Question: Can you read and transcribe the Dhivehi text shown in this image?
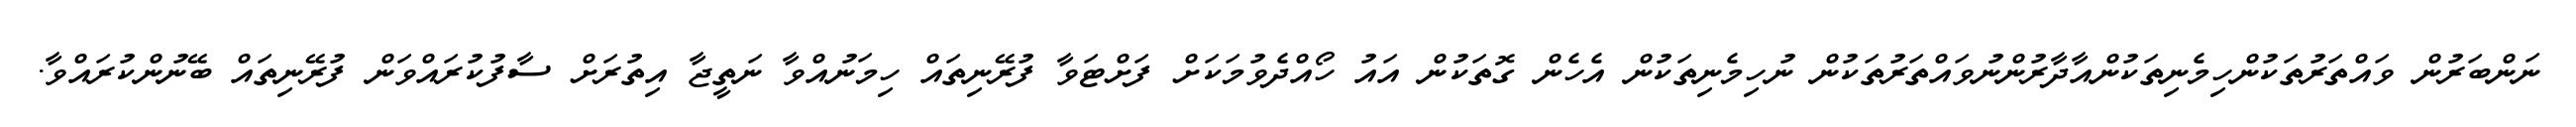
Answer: ނަންބަރުން ވައްތަރުތަކުންހިމެނިތަކުންއާދާރުންނުވައްތަރުތަކުން ނުހިމެނިތަކުން އެހެން ގޮތަކުން އައު ހޯއްދެވުމަކަށް ފަށްޓަވާ ފުރޭނިތައް ހިމަނުއްވާ ނަތީޖާ އިތުރަށް ސާފުކުރައްވަން ފުރޭނިތައް ބޭނުންކުރައްވާ.